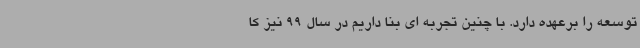
توسعه را برعهده دارد. با چنین تجربه ای بنا داریم در سال 99 نیز کا